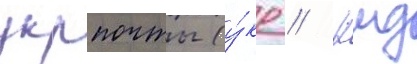
укрпочты (у́кр // Кмд